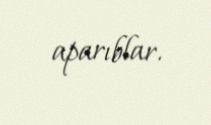
aparıblar.